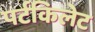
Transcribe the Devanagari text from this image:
पर्टकिलेट